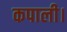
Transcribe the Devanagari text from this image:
कपाली।